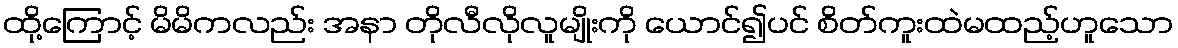
ထို့ကြောင့် မိမိကလည်း အနာ တိုလီလိုလူမျိုးကို ယောင်၍ပင် စိတ်ကူးထဲမထည့်ဟူသော